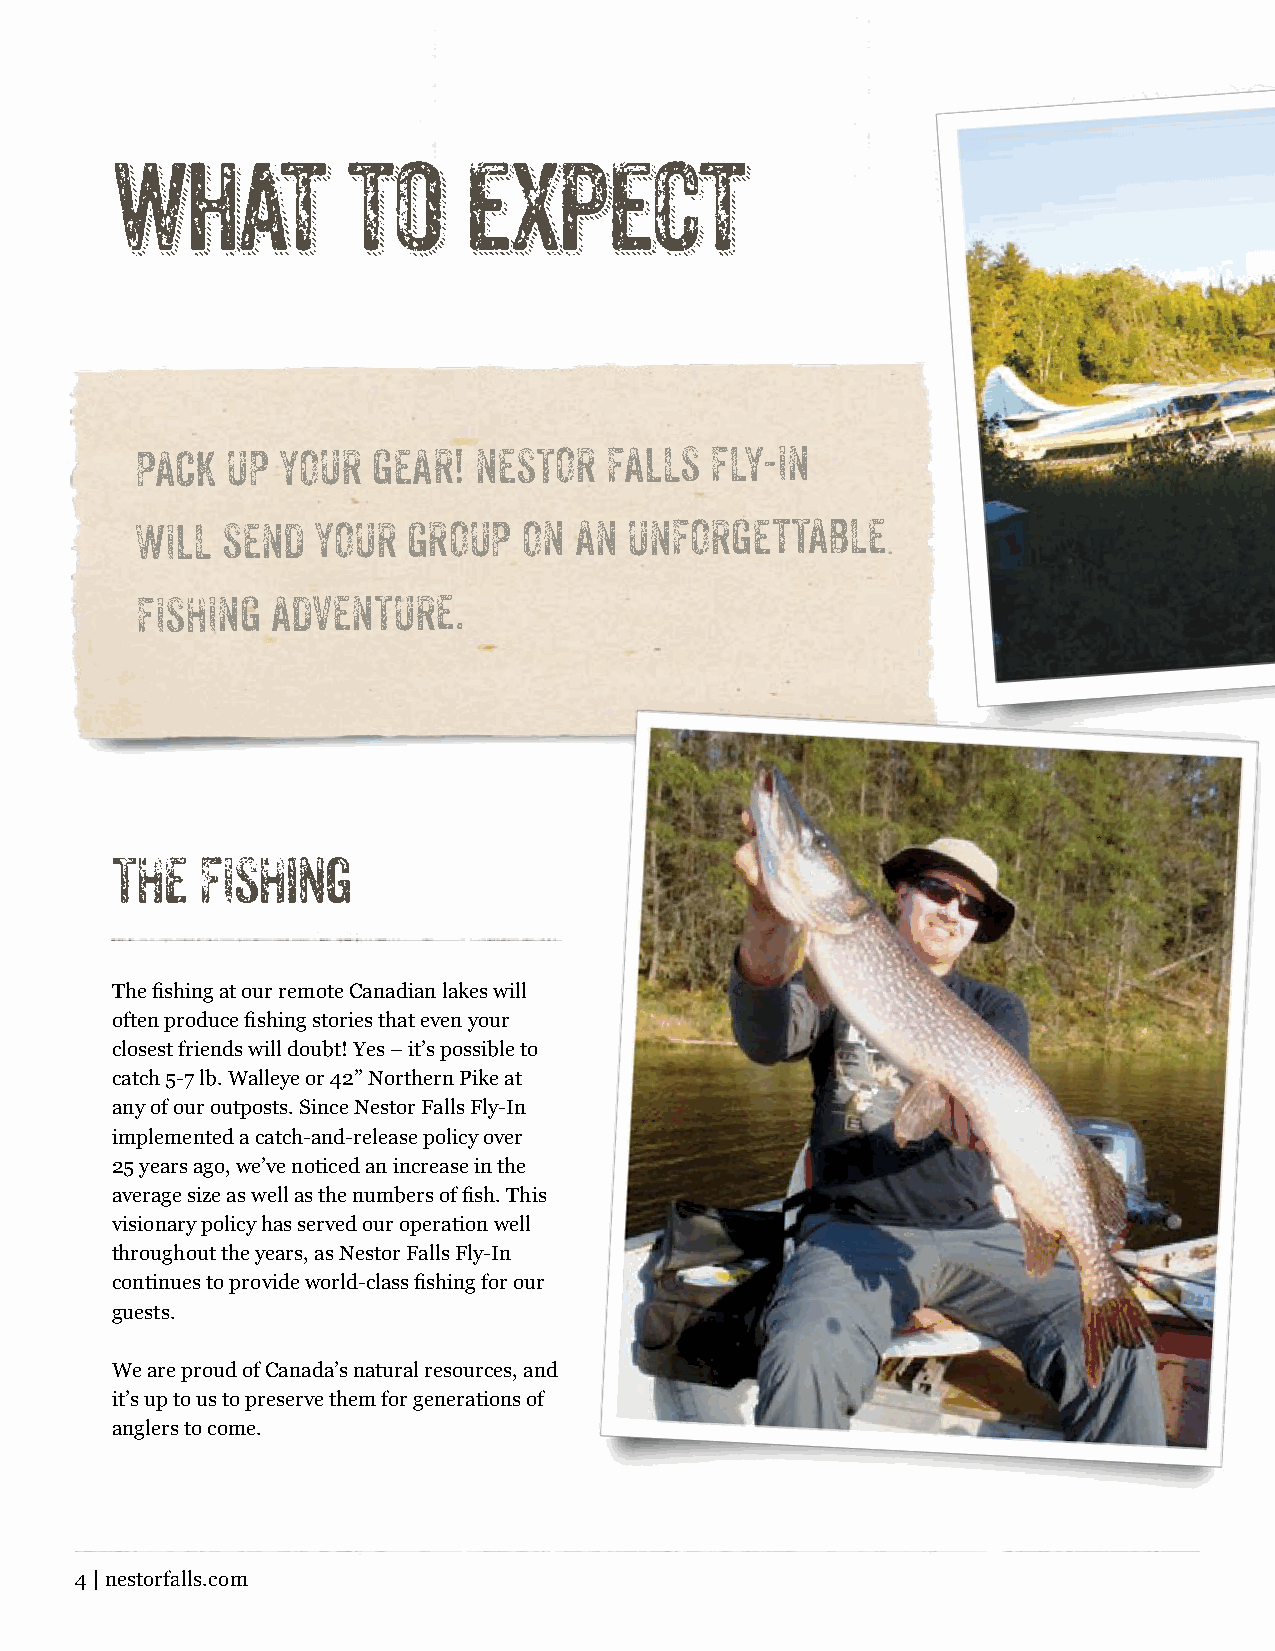
what            to      expect
 PACK  UP YOUR   GEAR! NESTOR   FAllS  FLY-IN
 WIll  SEND  YOUR  GROUP   ON AN  UNFORGETTABLE
 FISHING  ADVENTURE.
 THE   FISHing
 The fishing at our remote Canadian lakes will
 often produce fishing stories that even your
 closest friends will doubt! Yes – it’s possible to
 catch 5-7 lb. Walleye or 42” Northern Pike at
 any of our outposts. Since Nestor Falls Fly-In
 implemented a catch-and-release policy over
 25 years ago, we’ve noticed an increase in the
 average size as well as the numbers of fish. This
 visionary policy has served our operation well
 throughout the years, as Nestor Falls Fly-In
 continues to provide world-class fishing for our
 guests.
 We are proud of Canada’s natural resources, and
 it’s up to us to preserve them for generations of
 anglers to come.
 4 | nestorfalls.com